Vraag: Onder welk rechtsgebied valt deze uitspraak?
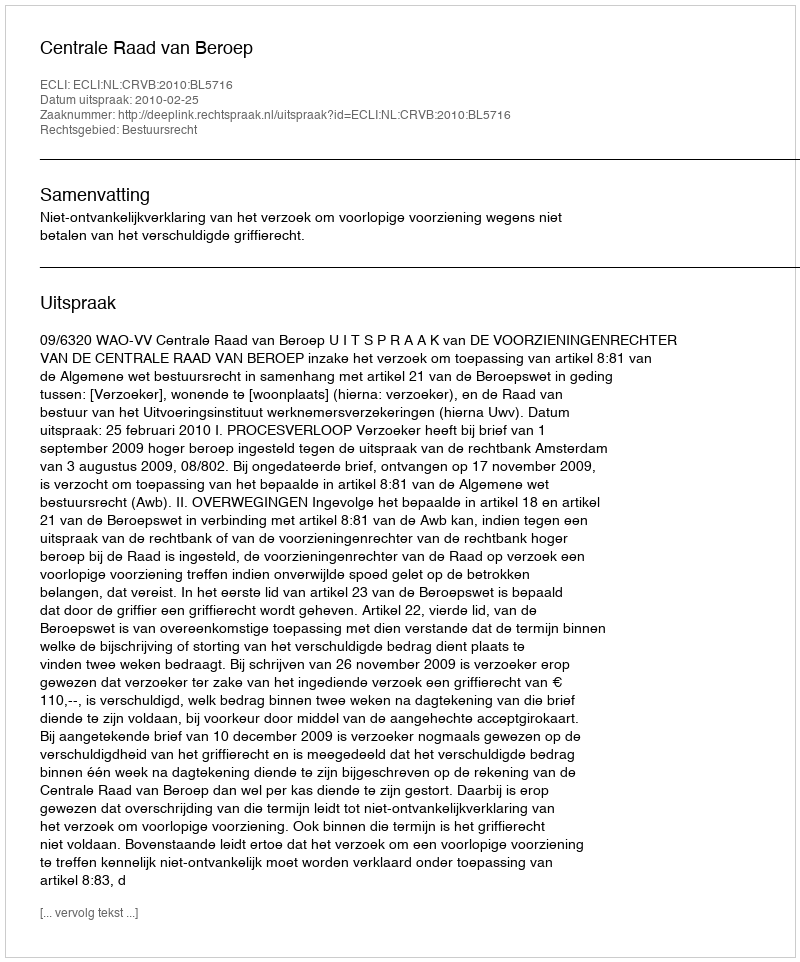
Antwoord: Bestuursrecht